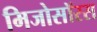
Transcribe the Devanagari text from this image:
मिजोसॉरस